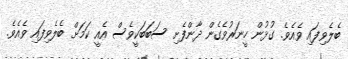
ބެލެވިފައި ވެއެވެ. ގުޅުން ހީނަރުވެގެން ދާންފެށި ސަބަބަކީވެސް އެއީ ކަމަށް ބެލެވިފައި ވެއެވެ.